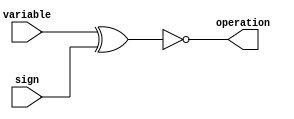
//==================================================================================================
//  Revision      :
//  Company       : Instituto Tecnologico de Costa Rica
//
//  Description   :
//
//
//==================================================================================================
`timescale 1ns / 1ps

module Op_Select
(
input wire variable, //Variable X or Y
input wire sign,
output reg operation
);
always @*
begin
    operation = ~(variable ^ sign);
end
endmodule